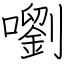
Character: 嚠